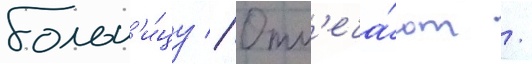
больн'и́цу // Отм'еча́ют /